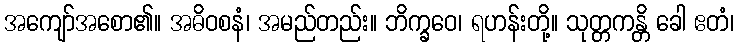
အကျော်အစော၏။ အဓိဝစနံ၊ အမည်တည်း။ ဘိက္ခဝေ၊ ရဟန်းတို့။ သုတ္တကန္တိ ခေါ ဧတံ၊